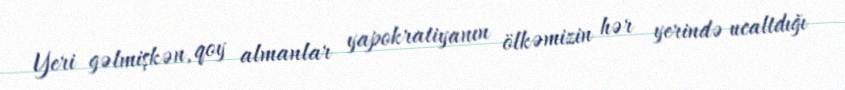
Yeri gəlmişkən, qoy almanlar yapokratiyanın ölkəmizin hər yerində ucaltdığı